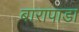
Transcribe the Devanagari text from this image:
बारापाडा